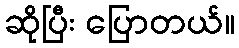
ဆိုပြီး ပြောတယ်။